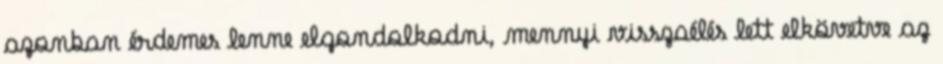
azonban érdemes lenne elgondolkodni, mennyi visszaélés lett elkövetve az